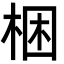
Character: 梱